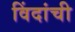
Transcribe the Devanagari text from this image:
विंदांची